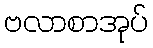
ဗလာစာအုပ်